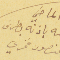
الماضي عنه باذنه بطرسَ منصور فخري